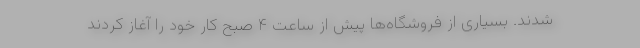
شدند. بسیاری از فروشگاه‌ها پیش از ساعت ۴ صبح کار خود را آغاز کردند